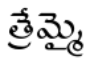
త్రేమ్మై